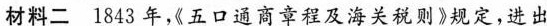
材料二 1843年，《五口通商章程及海关税则》规定，进出